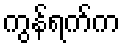
ကွန်ရက်က